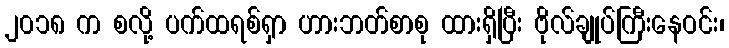
၂၀၁၈ က စလို့ ပက်ထရစ်ရှာ ဟားဘတ်စာစု ထားရှိပြီး ဗိုလ်ချုပ်ကြီးနေဝင်း၊